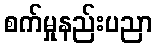
စက်မှုနည်းပညာ